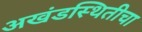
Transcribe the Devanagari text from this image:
अखंडस्थितीचा